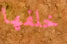
خلفها